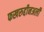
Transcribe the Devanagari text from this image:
फखरुद्दीनअली